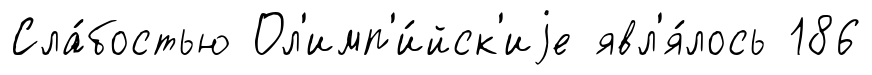
Сла́бостью Ол'имп'и́йск'иjе явл'я́лось 186